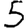
Digit: 5